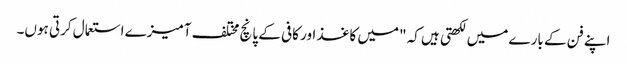
اپنے فن کے بارے میں لکھتی ہیں کہ "میں کاغذ اور کافی کے پانچ مختلف آمیزے استعمال کرتی ہوں۔